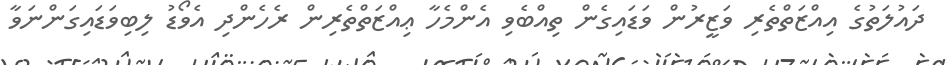
ދައުލަތުގެ އިއްޒަތްތެރި ވަޒީރުން ވަޑައިގެން ތިއްބެވި އެންމެހާ ޢިއްޒަތްތެރިން ރެހެންދި އެވޯޑު ލިބިވަޑައިގަންނަވާ